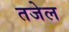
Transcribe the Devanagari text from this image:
तजेल